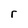
Character: r